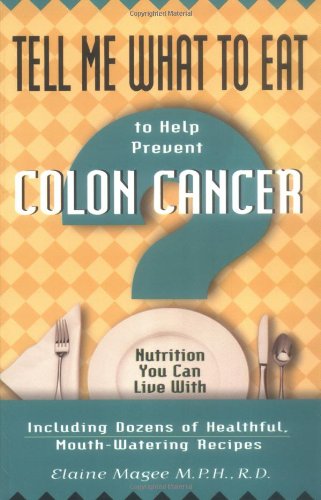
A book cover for Tell Me What to Eat to Help Prevent Colon Cancer; Elaine Magee; Cookbooks, Food & Wine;